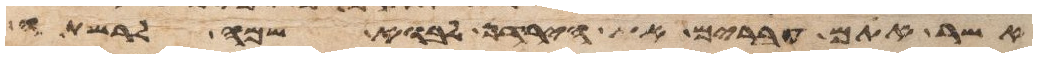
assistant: אשר אתם עברים את הירדן לבוא שמה לרשתה